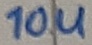
Text: 10u